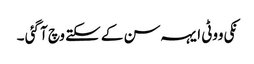
نکی ووٹی ایہہ سن کے سکتے وچ آ گئی ۔